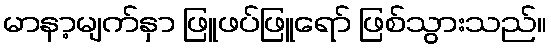
မာနာ့မျက်နှာ ဖြူဖပ်ဖြူရော် ဖြစ်သွားသည်။